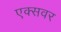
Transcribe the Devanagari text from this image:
एक्सवर